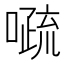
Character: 𱔰